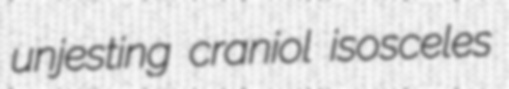
unjesting craniol isosceles